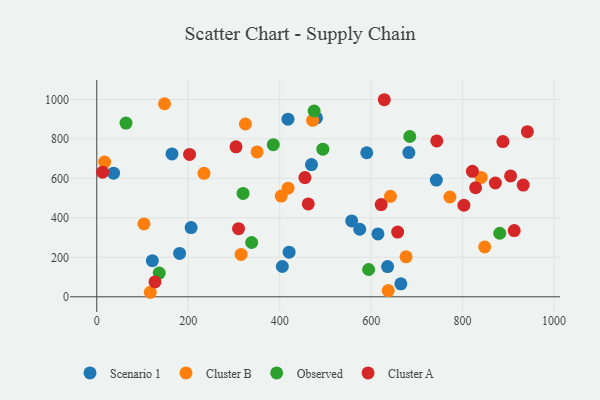
{"axis": {"x": "Ad Spend", "y": "Exam Score"}, "legend": ["Cluster A", "Cluster B", "Observed", "Scenario 1"], "data": [{"x": "181.1", "y": 219.6, "type": "Scenario 1"}, {"x": "636.0", "y": 153.3, "type": "Scenario 1"}, {"x": "405.8", "y": 153.6, "type": "Scenario 1"}, {"x": "742.6", "y": 591.3, "type": "Scenario 1"}, {"x": "420.6", "y": 226.3, "type": "Scenario 1"}, {"x": "121.5", "y": 183.1, "type": "Scenario 1"}, {"x": "480.5", "y": 906.1, "type": "Scenario 1"}, {"x": "206.3", "y": 350.6, "type": "Scenario 1"}, {"x": "418.1", "y": 900.1, "type": "Scenario 1"}, {"x": "36.7", "y": 626.3, "type": "Scenario 1"}, {"x": "590.4", "y": 729.8, "type": "Scenario 1"}, {"x": "575.1", "y": 342.3, "type": "Scenario 1"}, {"x": "682.5", "y": 730.5, "type": "Scenario 1"}, {"x": "557.5", "y": 384.2, "type": "Scenario 1"}, {"x": "164.5", "y": 723.9, "type": "Scenario 1"}, {"x": "665.0", "y": 65.9, "type": "Scenario 1"}, {"x": "469.5", "y": 670.0, "type": "Scenario 1"}, {"x": "614.9", "y": 318.6, "type": "Scenario 1"}, {"x": "642.2", "y": 508.9, "type": "Cluster B"}, {"x": "676.4", "y": 202.7, "type": "Cluster B"}, {"x": "472.0", "y": 894.2, "type": "Cluster B"}, {"x": "325.0", "y": 875.5, "type": "Cluster B"}, {"x": "234.5", "y": 625.3, "type": "Cluster B"}, {"x": "117.0", "y": 22.9, "type": "Cluster B"}, {"x": "840.7", "y": 604.9, "type": "Cluster B"}, {"x": "403.4", "y": 510.5, "type": "Cluster B"}, {"x": "637.4", "y": 31.4, "type": "Cluster B"}, {"x": "350.6", "y": 733.8, "type": "Cluster B"}, {"x": "848.3", "y": 252.9, "type": "Cluster B"}, {"x": "17.1", "y": 682.7, "type": "Cluster B"}, {"x": "772.3", "y": 505.5, "type": "Cluster B"}, {"x": "418.3", "y": 550.5, "type": "Cluster B"}, {"x": "315.6", "y": 214.9, "type": "Cluster B"}, {"x": "103.2", "y": 369.1, "type": "Cluster B"}, {"x": "148.2", "y": 978.1, "type": "Cluster B"}, {"x": "494.4", "y": 748.0, "type": "Observed"}, {"x": "63.9", "y": 880.3, "type": "Observed"}, {"x": "594.5", "y": 138.4, "type": "Observed"}, {"x": "881.3", "y": 321.9, "type": "Observed"}, {"x": "386.0", "y": 770.9, "type": "Observed"}, {"x": "338.7", "y": 275.0, "type": "Observed"}, {"x": "319.9", "y": 523.8, "type": "Observed"}, {"x": "136.6", "y": 120.1, "type": "Observed"}, {"x": "684.5", "y": 812.0, "type": "Observed"}, {"x": "475.3", "y": 941.3, "type": "Observed"}, {"x": "658.0", "y": 328.1, "type": "Cluster A"}, {"x": "802.9", "y": 463.7, "type": "Cluster A"}, {"x": "455.2", "y": 603.9, "type": "Cluster A"}, {"x": "310.0", "y": 345.0, "type": "Cluster A"}, {"x": "888.2", "y": 786.2, "type": "Cluster A"}, {"x": "628.8", "y": 998.4, "type": "Cluster A"}, {"x": "905.0", "y": 612.5, "type": "Cluster A"}, {"x": "941.7", "y": 836.5, "type": "Cluster A"}, {"x": "127.3", "y": 75.1, "type": "Cluster A"}, {"x": "12.8", "y": 631.6, "type": "Cluster A"}, {"x": "871.7", "y": 576.5, "type": "Cluster A"}, {"x": "304.5", "y": 759.9, "type": "Cluster A"}, {"x": "821.5", "y": 635.5, "type": "Cluster A"}, {"x": "912.9", "y": 335.3, "type": "Cluster A"}, {"x": "828.5", "y": 552.4, "type": "Cluster A"}, {"x": "932.6", "y": 566.2, "type": "Cluster A"}, {"x": "202.9", "y": 721.5, "type": "Cluster A"}, {"x": "462.5", "y": 470.4, "type": "Cluster A"}, {"x": "621.9", "y": 467.4, "type": "Cluster A"}, {"x": "743.6", "y": 789.5, "type": "Cluster A"}]}